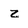
Character: Z